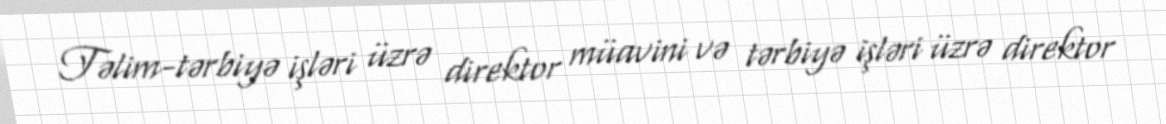
Təlim-tərbiyə işləri üzrə direktor müavini və tərbiyə işləri üzrə direktor